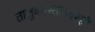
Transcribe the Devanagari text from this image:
तालुकास्तरावरही